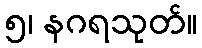
၅၊ နဂရသုတ်။